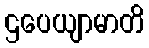
ဌပေယျာမာတိ